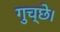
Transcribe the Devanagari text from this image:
गुच्छे।